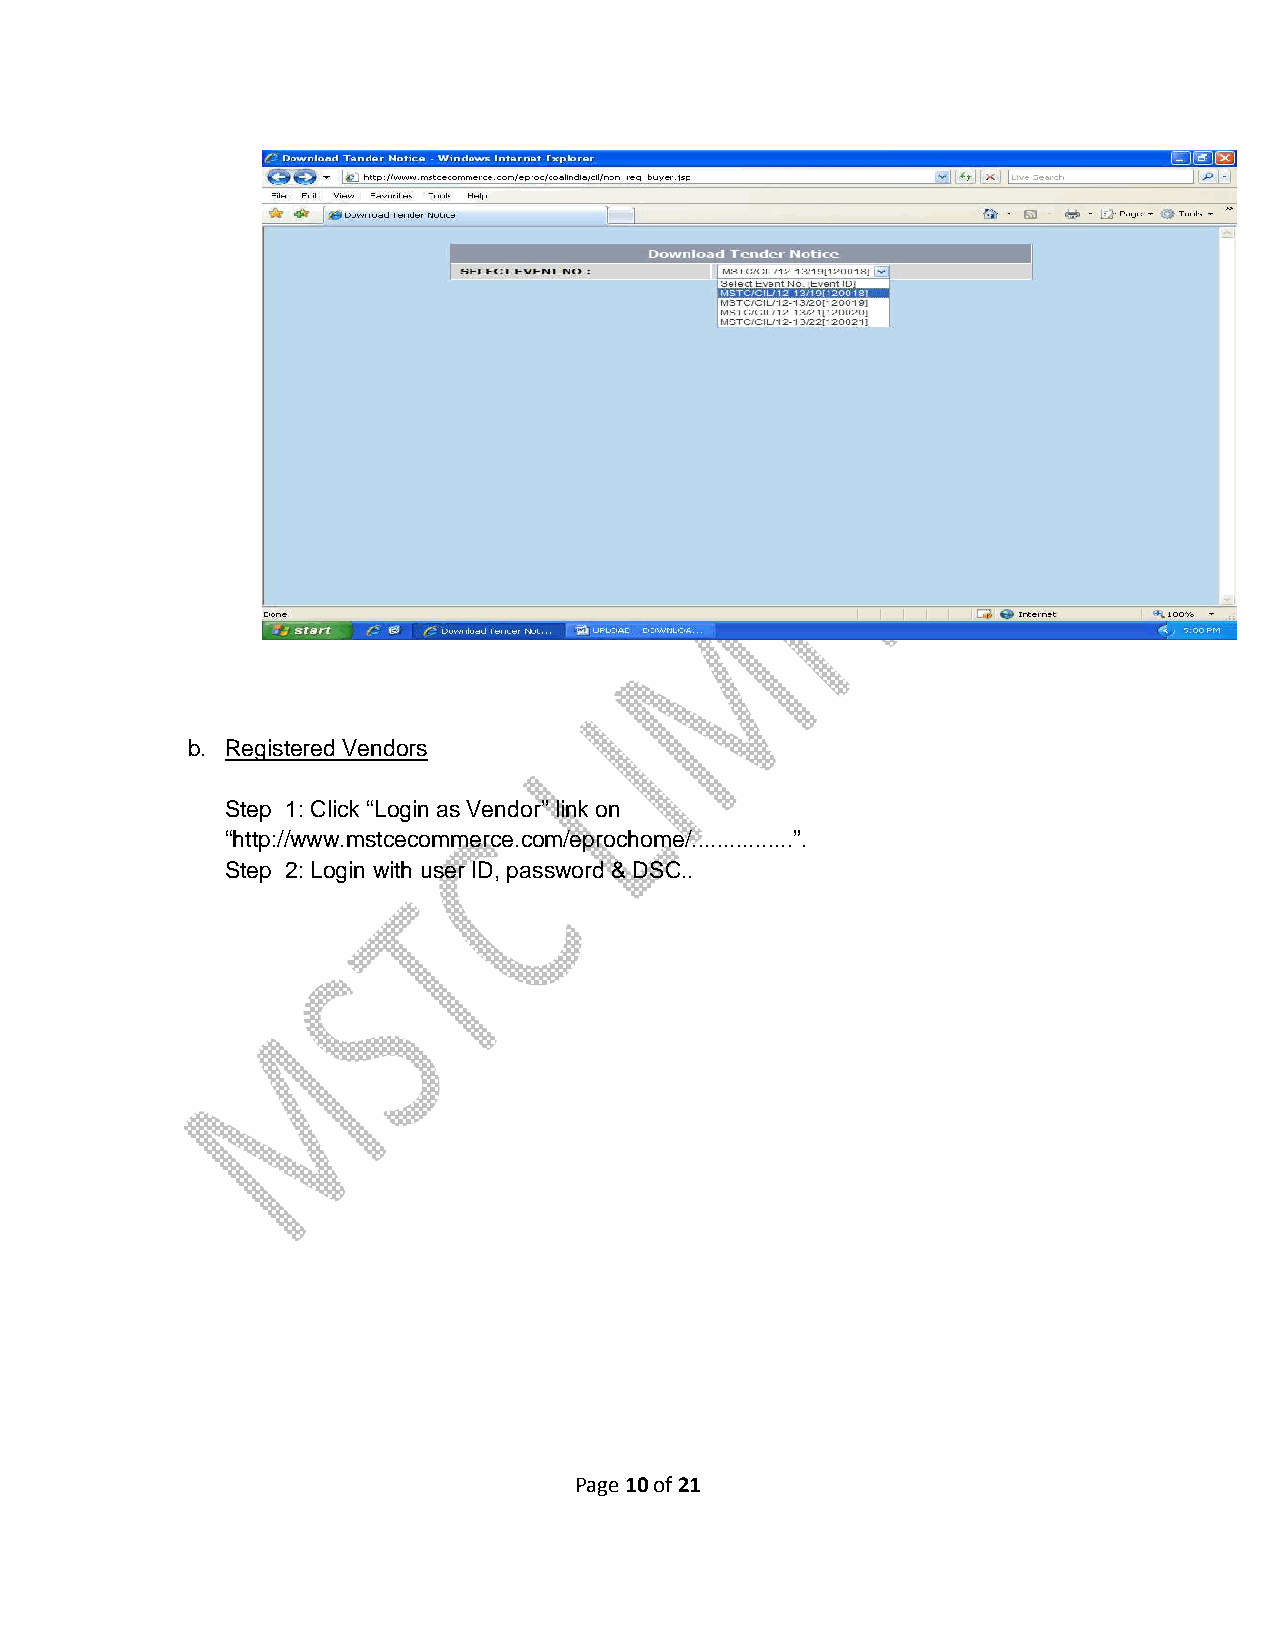
b. Registered Vendors
 Step 1: Click “Login as Vendor” link on
 “http://www.mstcecommerce.com/eprochome/................”.
 Step 2: Login with user ID, password & DSC..
 Page 10 of 21